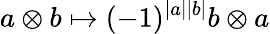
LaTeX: a\otimes b\mapsto(-1)^{\left|a\right|\left|b\right|}b\otimes a